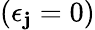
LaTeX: (\epsilon_{\mathbf{j}}=0)